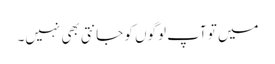
میں تو آپ لوگوں کو جانتی بھی نہیں۔